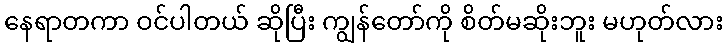
နေရာတကာ ဝင်ပါတယ် ဆိုပြီး ကျွန်တော်ကို စိတ်မဆိုးဘူး မဟုတ်လား